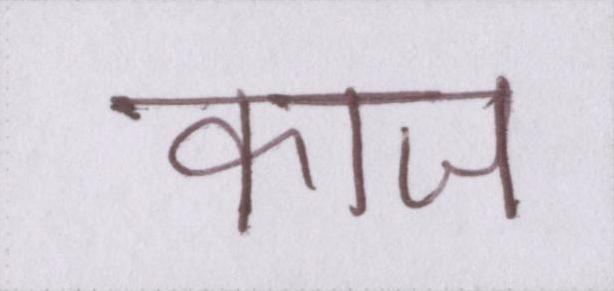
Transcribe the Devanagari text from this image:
काज